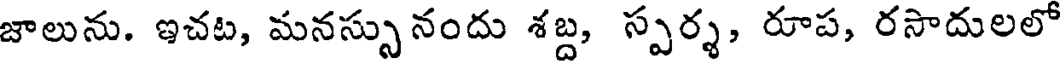
జాలును. ఇచట, మనస్సునందు శబ్ద, స్పర్శ, రూప, రసాదులలో